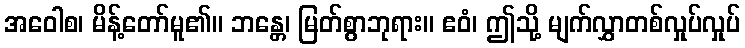
အဝေါစ၊ မိန့်တော်မူ၏။ ဘန္တေ၊ မြတ်စွာဘုရား။ ဧဝံ၊ ဤသို့ မျက်လွှာတစ်လှုပ်လှုပ်